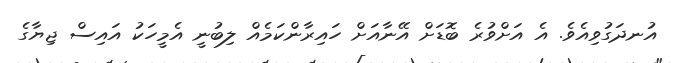
އުނދަގުވިއެވެ. އެ އަށްވުރެ ބޮޑަށް އޭނާއަށް ހައިރާންކަމެއް ލިބުނީ އެމީހަކު އައިސް ޖިޔާގެ